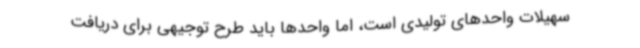
سهیلات واحدهای تولیدی است، اما واحدها باید طرح توجیهی برای دریافت